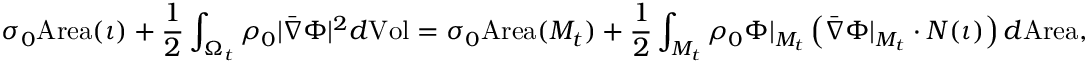
\sigma _ { 0 } \mathrm { A r e a } ( \iota ) + \frac { 1 } { 2 } \int _ { \Omega _ { t } } \rho _ { 0 } | \bar { \nabla } \Phi | ^ { 2 } d \mathrm { V o l } = \sigma _ { 0 } \mathrm { A r e a } ( M _ { t } ) + \frac { 1 } { 2 } \int _ { M _ { t } } \rho _ { 0 } \Phi | _ { M _ { t } } \left( \bar { \nabla } \Phi | _ { M _ { t } } \cdot N ( \iota ) \right) d \mathrm { A r e a } ,